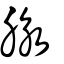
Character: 脉